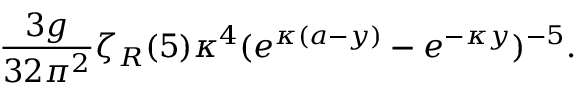
{ \frac { 3 g } { 3 2 \pi ^ { 2 } } } \zeta _ { R } ( 5 ) \kappa ^ { 4 } ( e ^ { \kappa ( a - y ) } - e ^ { - \kappa y } ) ^ { - 5 } .